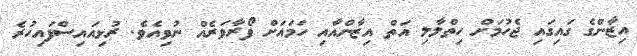
އިޒާންގެ ގައިގައި ޖެހުމަށް ހިތްލާލި އަތް އިޒާންއާއި ހަމައަށް ފޯރާވަރެއް ނުވިއެވެ. ރުޅިއައިސްފައިހުރެ